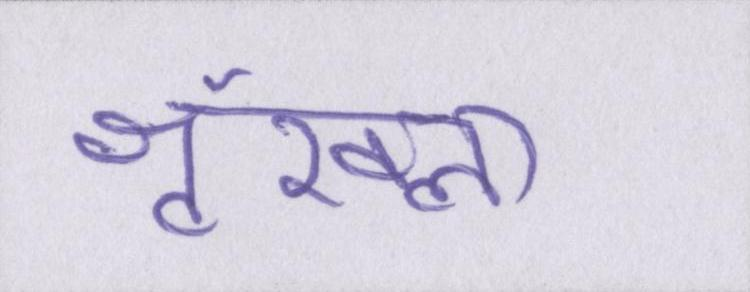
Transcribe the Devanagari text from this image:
श्रृंखला